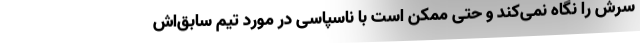
سرش را نگاه نمی‌کند و حتی ممکن است با ناسپاسی در مورد تیم سابق‌اش